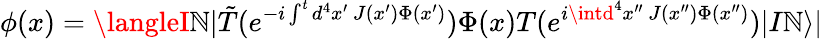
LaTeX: \phi(x)=\langleI\mathbb{N}|\tilde{{T}}(e^{-i\int^{t}d^{4}x^{\prime}~J(x^{\prime})\Phi(x^{\prime})})\Phi(x)T(e^{i\intd^{4}x^{\prime\prime}~J(x^{\prime\prime})\Phi(x^{\prime\prime})})|I\mathbb{N}\rangle|